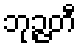
ဘုဉ္ဇတီ